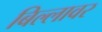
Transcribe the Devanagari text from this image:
बिल्लावर